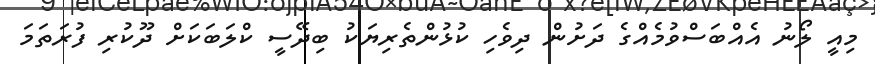
މިއީ ލޯނު އެއްބަސްވުމެއްގެ ދަށުން ދިވެހި ކުޅުންތެރިޔަކު ބިދޭސީ ކްލަބަކަށް ދޫކުރި ފުރަތަމަ